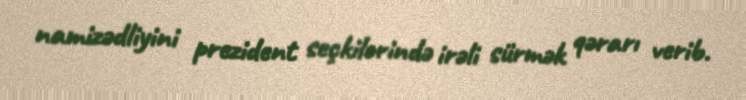
namizədliyini prezident seçkilərində irəli sürmək qərarı verib.